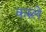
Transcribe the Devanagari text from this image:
करुले